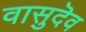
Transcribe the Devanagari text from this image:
वासुदॆव